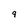
Character: 9